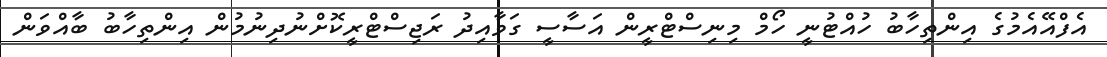
އެފްއޭއެމުގެ އިންތިހާބު ހުއްޓުނީ ހޯމް މިނިސްޓްރީން އަސާސީ ގަވާއިދު ރަޖިސްޓްރީކޮށްނުދިނުމުން އިންތިހާބު ބާއްވަން